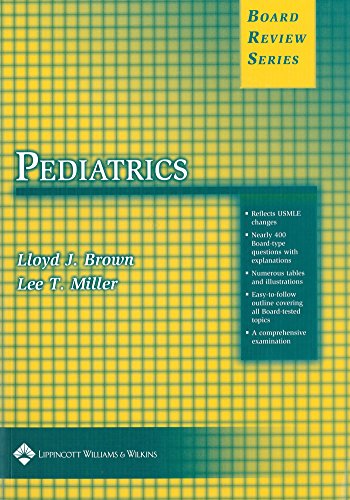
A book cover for BRS Pediatrics (Board Review Series); Lloyd J. Brown; Test Preparation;